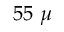
5 5 ~ \mu